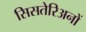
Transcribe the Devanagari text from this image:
सिसतेरिअनों